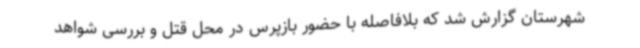
شهرستان گزارش شد که بلافاصله با حضور بازپرس در محل قتل و بررسی شواهد